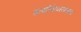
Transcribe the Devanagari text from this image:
डायोफेनताइन